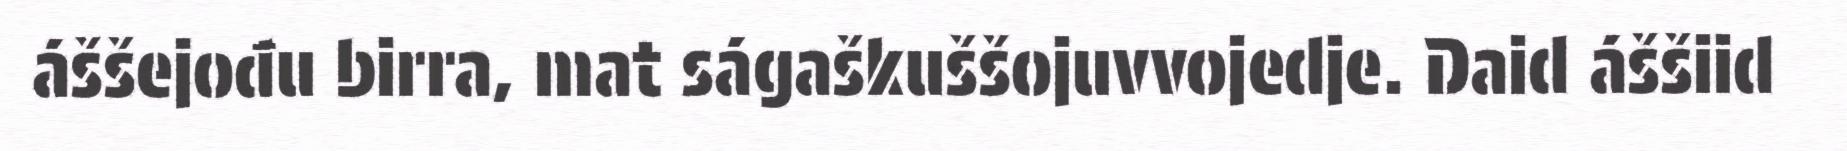
áššejođu birra, mat ságaškuššojuvvojedje. Daid áššiid